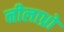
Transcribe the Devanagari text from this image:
नीलाध्रो